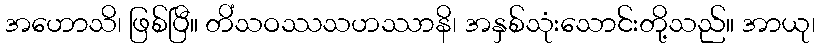
အဟောသိ၊ ဖြစ်ပြီ။ တိံသဝဿသဟဿာနိ၊ အနှစ်သုံးသောင်းတို့သည်။ အာယု၊